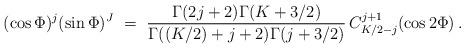
LaTeX: \begin{align*}(\cos\Phi)^j(\sin\Phi)^J\ =\ \frac{\Gamma(2j+2)\Gamma(K+3/2)}{\Gamma((K/2)+j+2)\Gamma(j+3/2)}\,C^{j+1}_{K/2-j}(\cos2\Phi)\,.\end{align*}